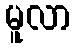
မူလာ